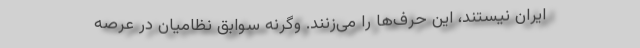
ایران نیستند، این حرف‌ها را می‌زنند. وگرنه سوابق نظامیان در عرصه